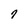
Character: 7